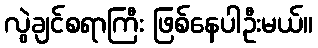
လွဲချင်စရာကြီး ဖြစ်နေပါဦးမယ်။